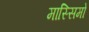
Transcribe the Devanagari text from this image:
मास्‍सिमो